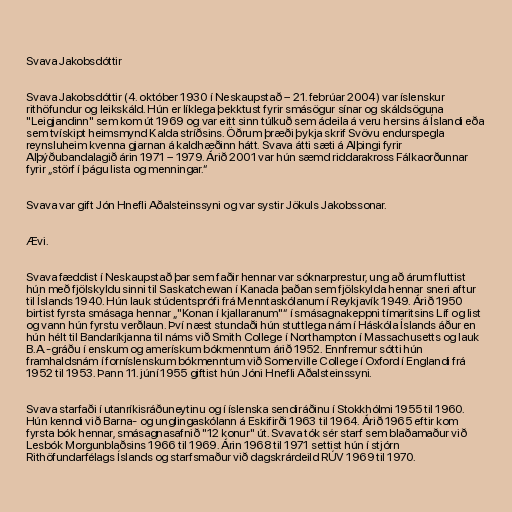
Svava Jakobsdóttir

Svava Jakobsdóttir (4. október 1930 í Neskaupstað – 21. febrúar 2004) var íslenskur
rithöfundur og leikskáld. Hún er líklega þekktust fyrir smásögur sínar og skáldsöguna
"Leigjandinn" sem kom út 1969 og var eitt sinn túlkuð sem ádeila á veru hersins á Íslandi eða
sem tvískipt heimsmynd Kalda stríðsins. Öðrum þræði þykja skrif Svövu endurspegla
reynsluheim kvenna gjarnan á kaldhæðinn hátt. Svava átti sæti á Alþingi fyrir
Alþýðubandalagið árin 1971 – 1979. Árið 2001 var hún sæmd riddarakross Fálkaorðunnar
fyrir „störf í þágu lista og menningar.“

Svava var gift Jón Hnefli Aðalsteinssyni og var systir Jökuls Jakobssonar.

Ævi.

Svava fæddist í Neskaupstað þar sem faðir hennar var sóknarprestur, ung að árum fluttist
hún með fjölskyldu sinni til Saskatchewan í Kanada þaðan sem fjölskylda hennar sneri aftur
til Íslands 1940. Hún lauk stúdentsprófi frá Menntaskólanum í Reykjavík 1949. Árið 1950
birtist fyrsta smásaga hennar „"Konan í kjallaranum"“ í smásagnakeppni tímaritsins Líf og list
og vann hún fyrstu verðlaun. Því næst stundaði hún stuttlega nám í Háskóla Íslands áður en
hún hélt til Bandaríkjanna til náms við Smith College í Northampton í Massachusetts og lauk
B.A.-gráðu í enskum og amerískum bókmenntum árið 1952. Ennfremur sótti hún
framhaldsnám í forníslenskum bókmenntum við Somerville College í Oxford í Englandi frá
1952 til 1953. Þann 11. júní 1955 giftist hún Jóni Hnefli Aðalsteinssyni.

Svava starfaði í utanríkisráðuneytinu og í íslenska sendiráðinu í Stokkhólmi 1955 til 1960.
Hún kenndi við Barna- og unglingaskólann á Eskifirði 1963 til 1964. Árið 1965 eftir kom
fyrsta bók hennar, smásagnasafnið "12 konur" út. Svava tók sér starf sem blaðamaður við
Lesbók Morgunblaðsins 1966 til 1969. Árin 1968 til 1971 settist hún í stjórn
Rithöfundarfélags Íslands og starfsmaður við dagskrárdeild RÚV 1969 til 1970.